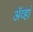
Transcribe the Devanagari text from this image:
ॲव्हां